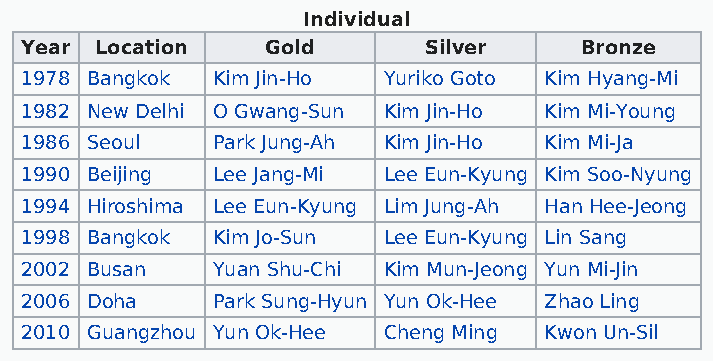
Individual
 Year Location    Gold      Silver    Bronze
 1978 Bangkok Kim Jin-Ho Yuriko Goto Kim Hyang-Mi
 1982 New Delhi O Gwang-Sun Kim Jin-Ho Kim Mi-Young
 1986 Seoul   Park Jung-Ah Kim Jin-Ho Kim Mi-Ja
 1990 Beijing Lee Jang-Mi Lee Eun-Kyung Kim Soo-Nyung
 1994 Hiroshima Lee Eun-Kyung Lim Jung-Ah Han Hee-Jeong
 1998 Bangkok Kim Jo-Sun Lee Eun-Kyung Lin Sang
 2002 Busan   Yuan Shu-Chi Kim Mun-Jeong Yun Mi-Jin
 2006 Doha    Park Sung-Hyun Yun Ok-Hee Zhao Ling
 2010 Guangzhou Yun Ok-Hee Cheng Ming Kwon Un-Sil